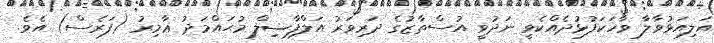
އަލިއަޅުވާލާ ވާހަކަފުޅުދެއްކެވީ ނަދުވީ އުސްތާޒުގެ ދަރިވަރު އަލްފާޟިލް މުޙައްމަދު ޢާމިރު (ފަރެސް) އެވެ.